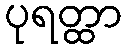
ပုရတ္ထာ